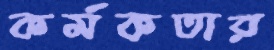
কর্মকতার